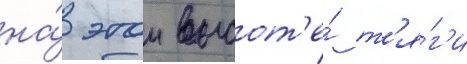
на́ этои высот'е́ т'я́г'и